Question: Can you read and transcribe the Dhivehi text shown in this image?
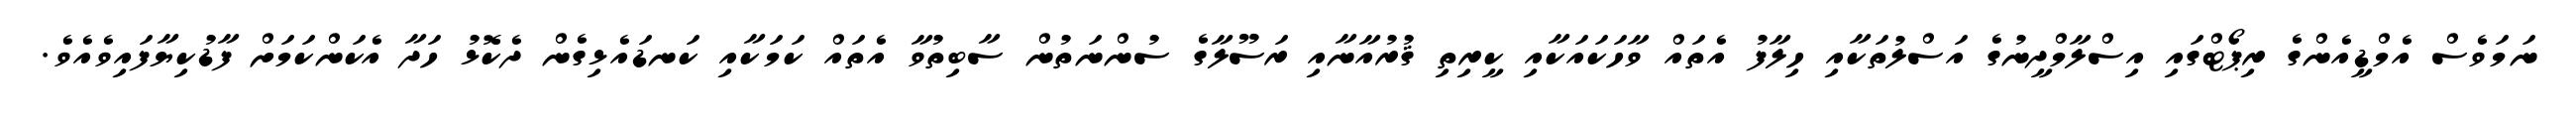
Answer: ނަމަވެސް އެމްޑީއެންގެ ރިޕޯޓްގައި އިސްލާމްދީނުގެ އަސްލުތަކާއި ހިލާފު އެތައް ވާހަކައަކާއި ކީރިތި ޤުރުއާނާއި ރަސޫލާގެ ސުންނަތުން ސާބިތުވާ އެތައް ކަމަކާއި ކަނޑައެޅިގެން ދެކޮޅު ހަދާ އެކަންކަމަށް ފާޑުކިޔާފައިވެއެވެ.